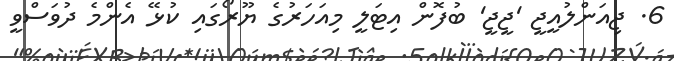
6. ޖިއަންލުއީޖީ 'ޖީޖީ' ބުފޮން އިޓަލީ މިއަހަރުގެ ޔޫރޯގައި ކުޅޭ އެންމެ ދުވަސްވީ